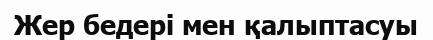
Жер бедері мен қалыптасуы